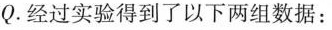
Q。经过实验得到了以下两组数据：